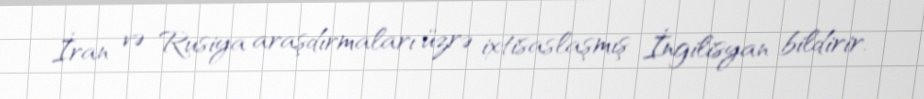
İran və Rusiya araşdırmaları üzrə ixtisaslaşmış İngilisyan bildirir.